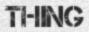
THING